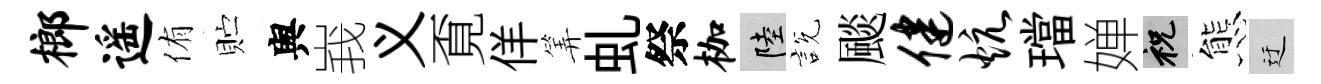
榔遥侑贮舆峩义覔佯筭虬祭枷陸説颷健炕璫婵祝態迂